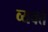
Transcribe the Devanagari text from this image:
व्यक्ते